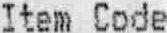
ITEM CODE